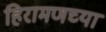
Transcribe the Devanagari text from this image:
हिरामणच्या